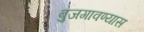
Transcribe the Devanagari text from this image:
बुजगावण्यास